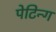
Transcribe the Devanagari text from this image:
पेटिन्ग